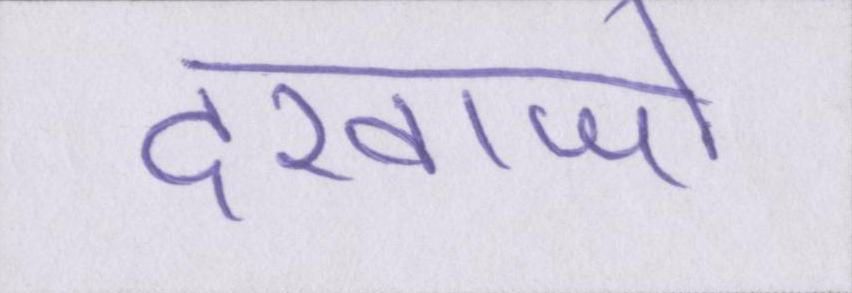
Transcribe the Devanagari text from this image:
दरवाजो